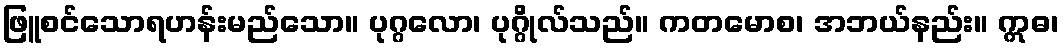
ဖြူစင်သောရဟန်းမည်သော။ ပုဂ္ဂလော၊ ပုဂ္ဂိုလ်သည်။ ကတမောစ၊ အဘယ်နည်း။ ဣဓ၊